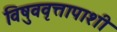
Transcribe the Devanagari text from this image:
विषुववृत्तापाशी